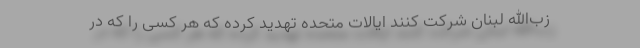
زب‌الله لبنان شرکت کنند ایالات متحده تهدید کرده که هر کسی را که در